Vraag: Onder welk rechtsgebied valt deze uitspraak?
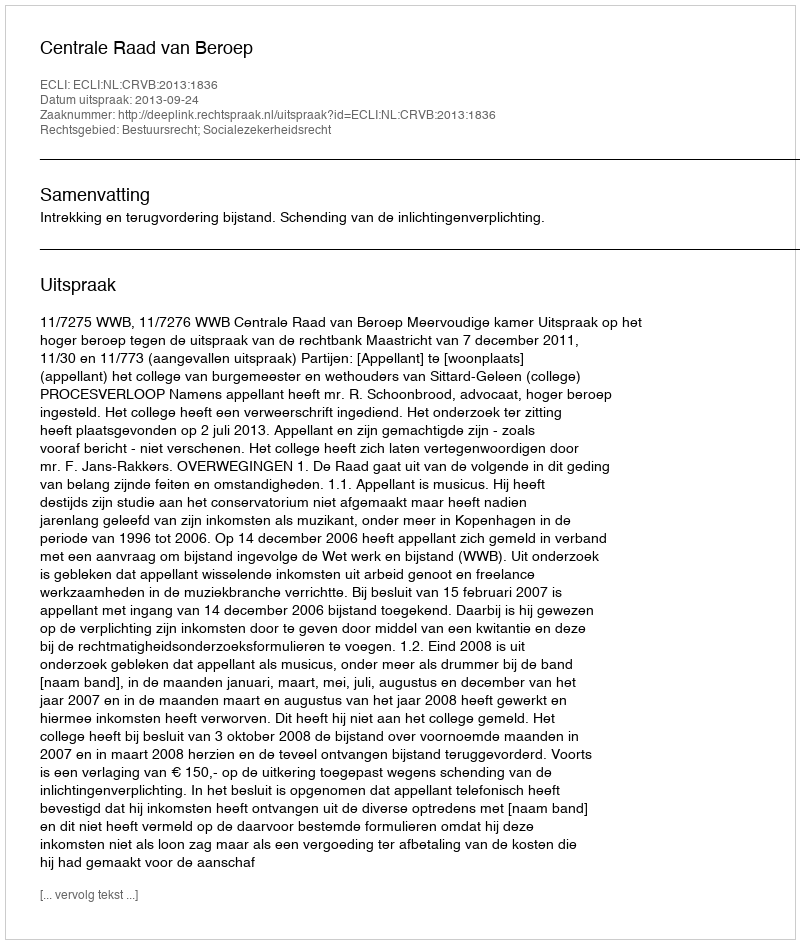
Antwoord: Bestuursrecht; Socialezekerheidsrecht